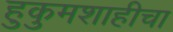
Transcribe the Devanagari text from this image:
हुकुमशाहीचा